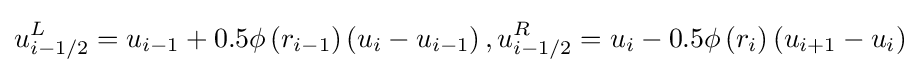
u_{i-1/2}^{L}=u_{i-1}+0.5\phi \left(r_{i-1}\right)\left(u_{i}-u_{i-1}\right),u_{i-1/2}^{R}=u_{i}-0.5\phi \left(r_{i}\right)\left(u_{i+1}-u_{i}\right)